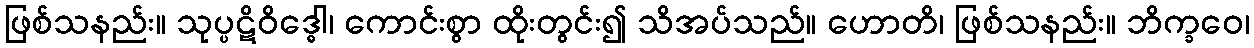
ဖြစ်သနည်း။ သုပ္ပဋိဝိဒ္ဓေါ၊ ကောင်းစွာ ထိုးတွင်း၍ သိအပ်သည်။ ဟောတိ၊ ဖြစ်သနည်း။ ဘိက္ခဝေ၊